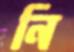
নি